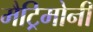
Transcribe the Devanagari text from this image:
मैट्रिमोनी